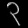
Digit: ၃